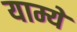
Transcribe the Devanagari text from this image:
याम्ये